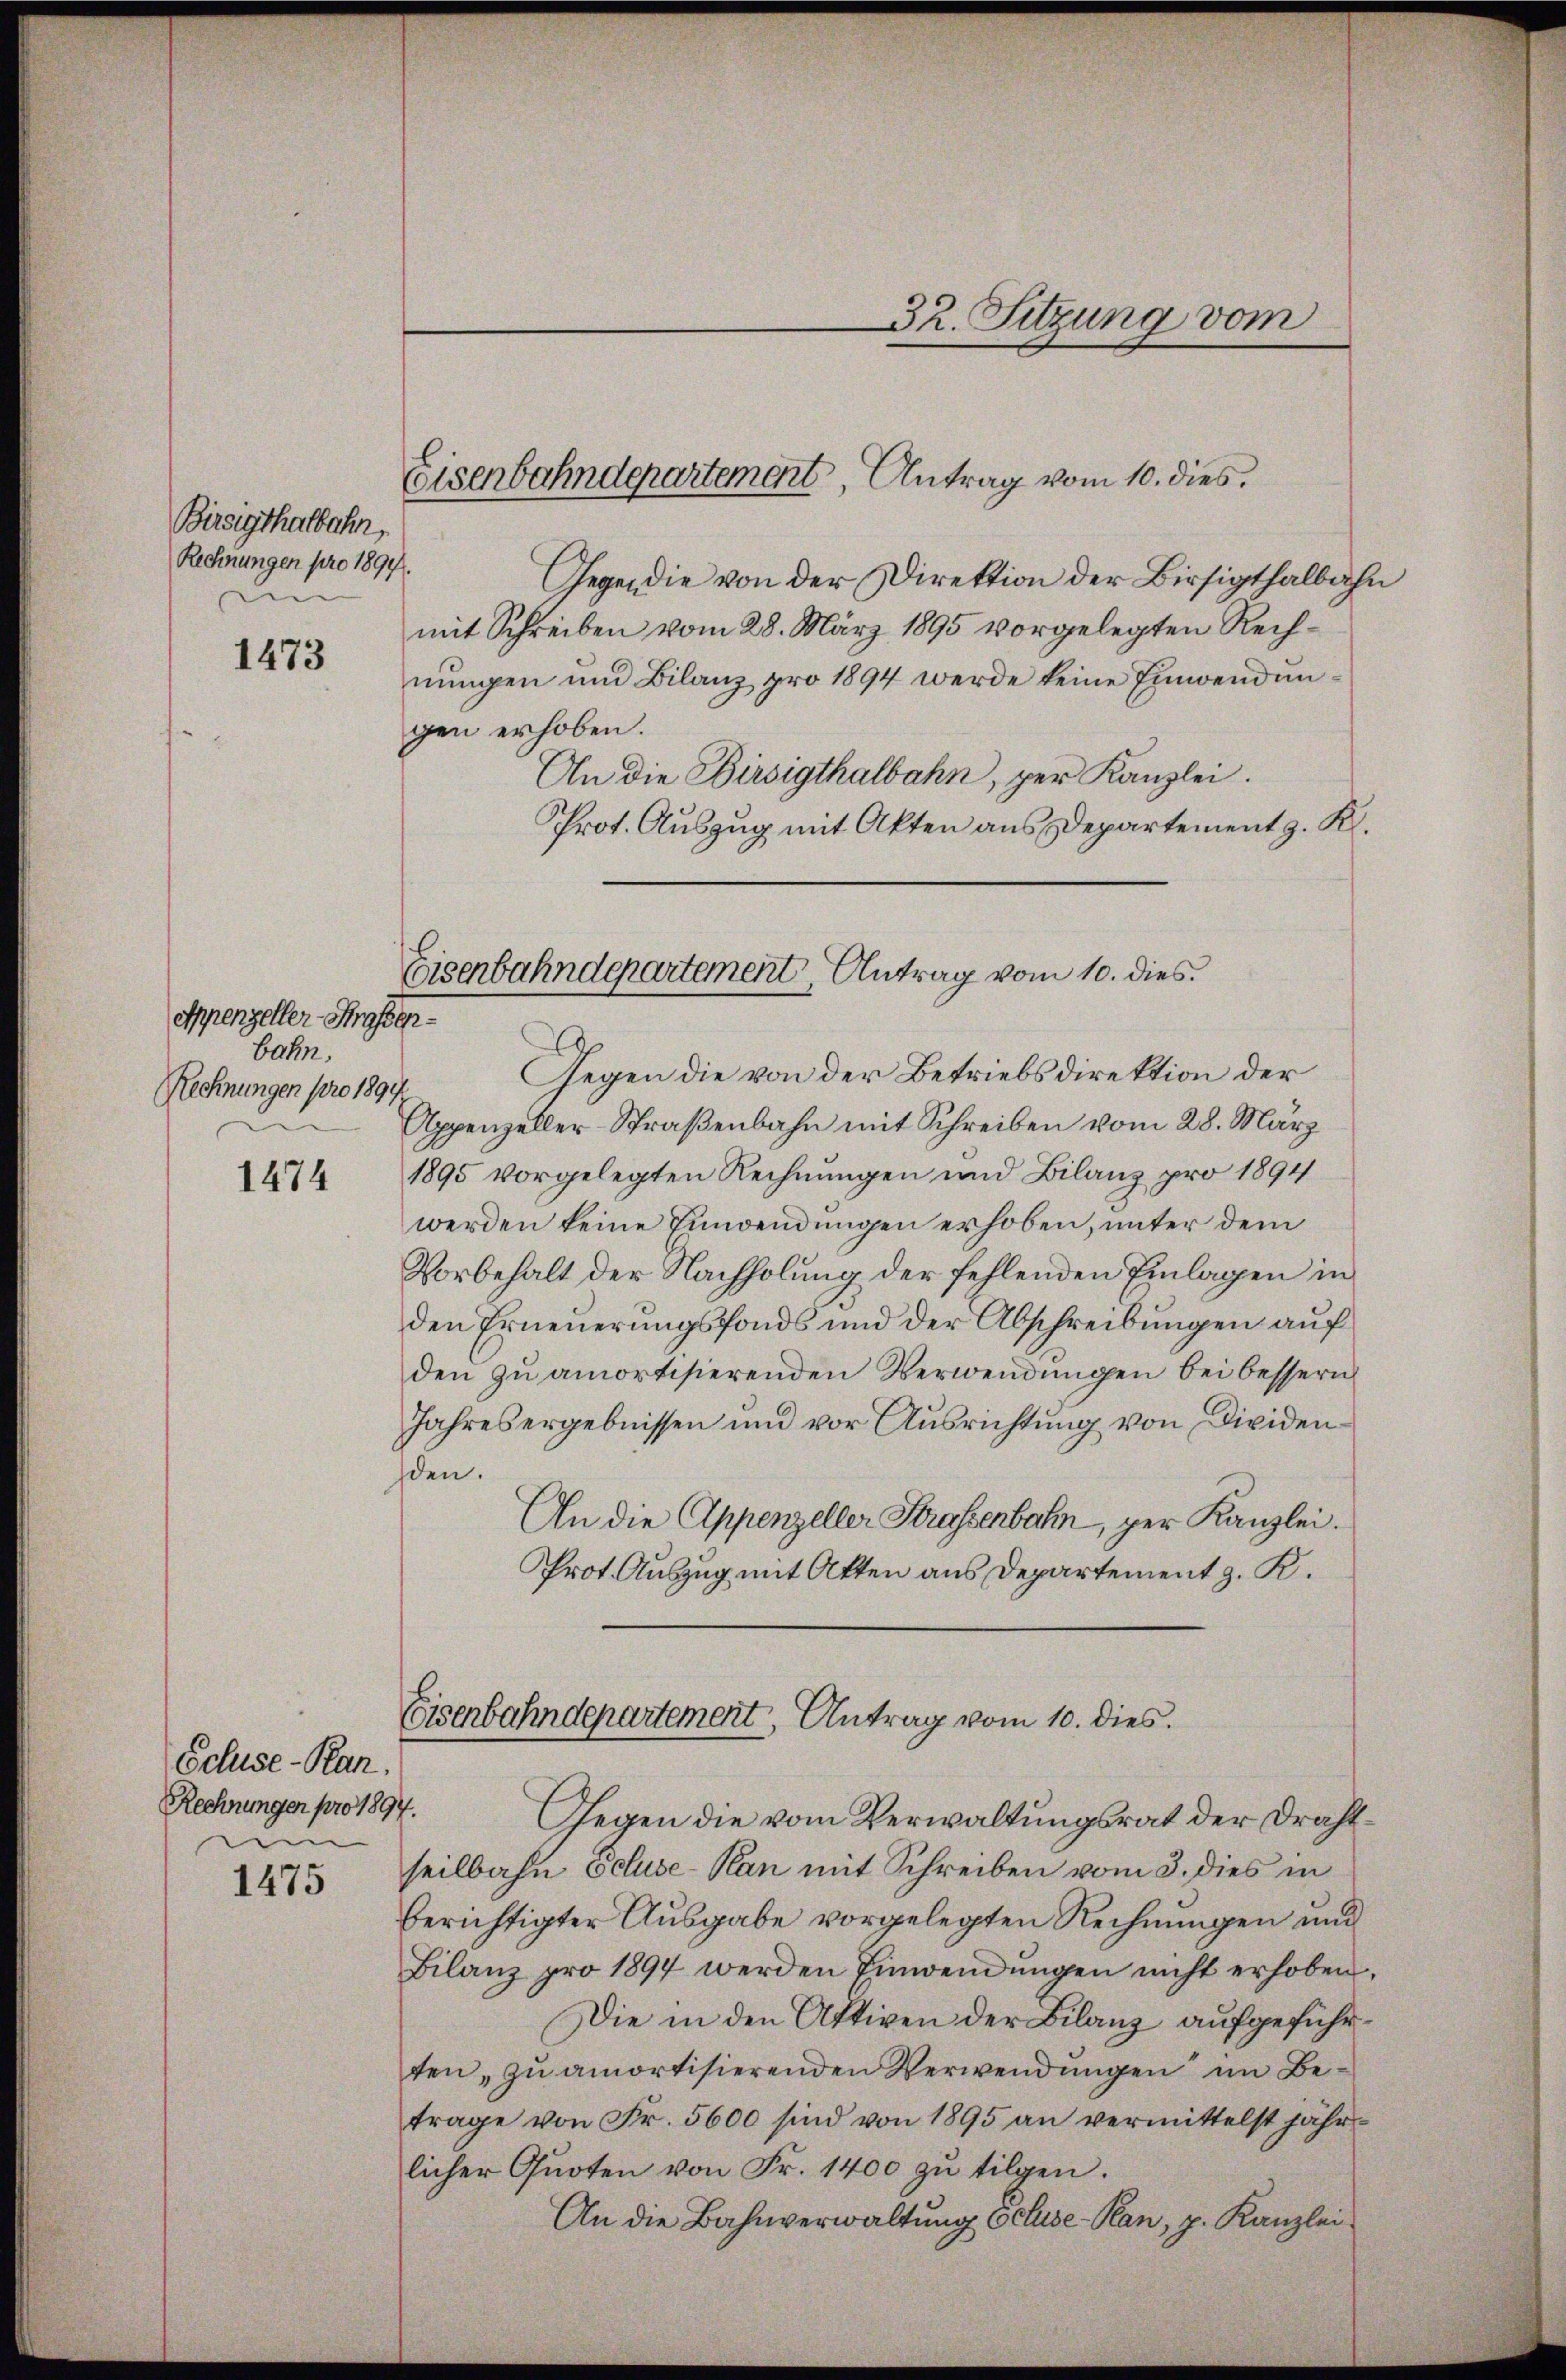
Bireigthalbahn,
Rechnungen pro 1894.

1473

Appenzeller-Strafsenbahn.
Rechnungen pro 1894.

1474

1475

Eisenbahndepartement, Antrag vom 10. dies

Schuse-Kan.
Rechnungen pro 1894.
d

Gegen die von der Direktion der Birsigthalbahn
mit Schreiben vom 28. März 1895 vorgelegten Rechnungen und Bilanz pro 1894 werde keine Einwendungen erhoben.
An die Birsigthalbahn, per Kanzlei.
Prot. Auszug mit Akten aus Departement z. K.
Gegen die von der Betriebsdirektion der
Appenzeller-Straβenbahn mit Schreiben vom 28. März
1895 vorgelegten Rechnungen und Bilanz pro 1894
werden keine Einwendungen erhoben, unter dem
Vorbehalt der Nachholung der fehlenden Einlagen in
den Erneuerungsfonds und der Abschreibungen auf
den zu amortisierenden Verwendungen bei bessern
Jahres ergebnissen und vor Ausrichtung von Dividen
den.
An die Appenzeller Strassenbahn, per Kanzlei.
Prot. Auszug mit Akten aus Departement z. K.
Eisenbahndepartement, Antrag vom 10. dies.
Gegen die vom Verwaltungsrat der Drahtseilbahn Schuse-Kan mit Schreiben vom 3. dies in
berichtigter Ausgabe vorgelegten Rechnungen und
Bilanz pro 1894 werden Einwendŭngen nicht erhoben,
Die in den Aktiven der Bilanz aufgeführten, zu amortisierenden Verwendungen im Betrage von Fr. 5600 sind von 1895 an vermittelst jährlicher Quoten von Fr. 1400 zŭ tilgen.
An die Bahnverwaltung Ccluse-Kan, z. Kanzlei

Eisenbahndepartement, Antrag vom 10. dies

32. Sitzung vom